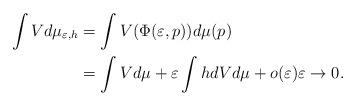
LaTeX: \begin{align*} \int V d\mu_{\varepsilon,h} & = \int V(\Phi(\varepsilon,p)) d\mu(p) \\ & =\int V d\mu + \varepsilon \int h dV d\mu + o(\varepsilon) \varepsilon \to 0. \end{align*}